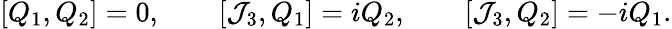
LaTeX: [Q_{1},Q_{2}]=0,\qquad[\mathcal{J}_{3},Q_{1}]=iQ_{2},\qquad[\mathcal{J}_{3},Q_{2}]=-iQ_{1}.